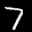
Label: 7